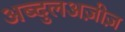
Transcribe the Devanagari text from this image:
अब्दुलअज़ीज़